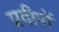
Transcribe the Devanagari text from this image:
प्रदीपों